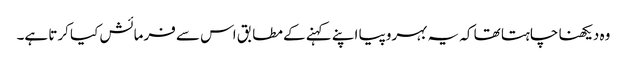
وہ دیکھنا چاہتا تھا کہ یہ بہروپیا اپنے کہنے کے مطابق اس سے فرمائش کیا کرتا ہے۔